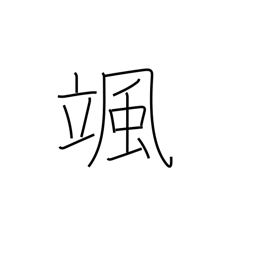
Meaning: sound of the wind